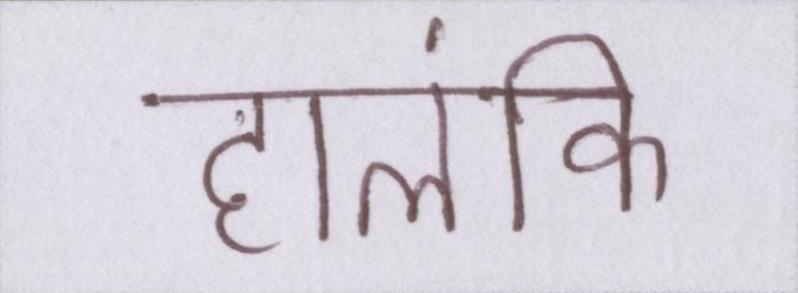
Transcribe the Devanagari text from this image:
हालंकि